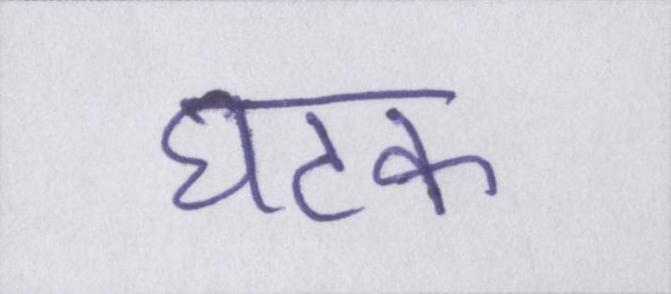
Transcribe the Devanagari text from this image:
घटक